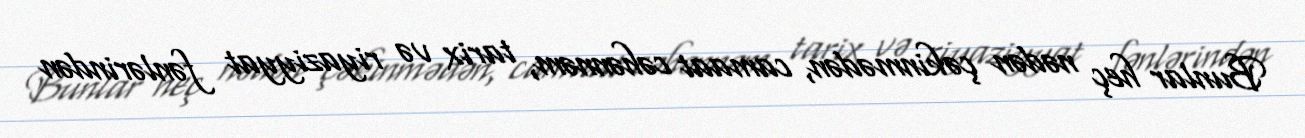
Bunlar heç nədən çəkinmədən, camaat cəhənnəm, tarix və riyaziyyat fənlərindən